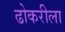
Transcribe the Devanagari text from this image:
ढोकरीला